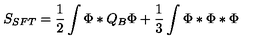
S _ { S F T } = \frac 1 2 \int \Phi * Q _ { B } \Phi + \frac 1 3 \int \Phi * \Phi * \Phi